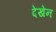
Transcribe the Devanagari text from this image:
देखेन